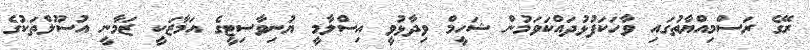
ރޭގެ ރަސްމިއްޔާތުގައި ވާހަކަފުޅުދައްކަވަމުން ޝަހީމް ވިދާޅުވީ އިސްލާމީ ޔުނިވާސިޓީގެ އަމާޒަކީ ޒަމާނީ އުސޫލްތަކުގެ